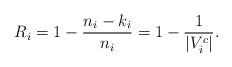
LaTeX: \begin{align*}R_i=1-\frac{n_i-k_i}{n_i}=1-\frac{1}{|V^c_i|}.\end{align*}